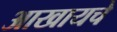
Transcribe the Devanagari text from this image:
आखायचे